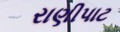
રાણીપાટ